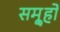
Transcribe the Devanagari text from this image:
समू्हों